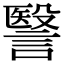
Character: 𧫦